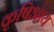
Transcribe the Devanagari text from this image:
कृषिआय